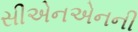
સીએનએનની